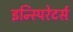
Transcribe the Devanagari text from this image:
इन्स्पिरेटर्स